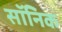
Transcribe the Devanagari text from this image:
सॉनिक